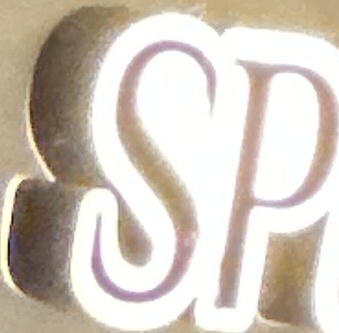
SP